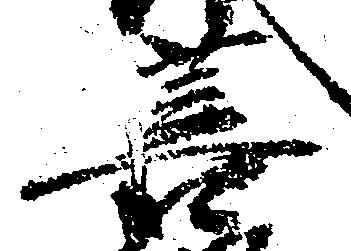
菩